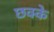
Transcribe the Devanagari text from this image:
छक्‍के